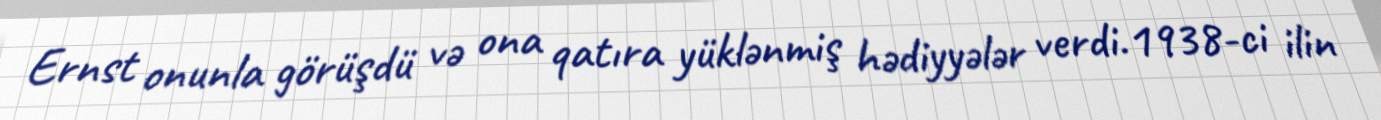
Ernst onunla görüşdü və ona qatıra yüklənmiş hədiyyələr verdi.1938-ci ilin